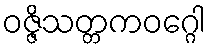
ဝဇ္ဇိသတ္တကဝဂ္ဂေါ